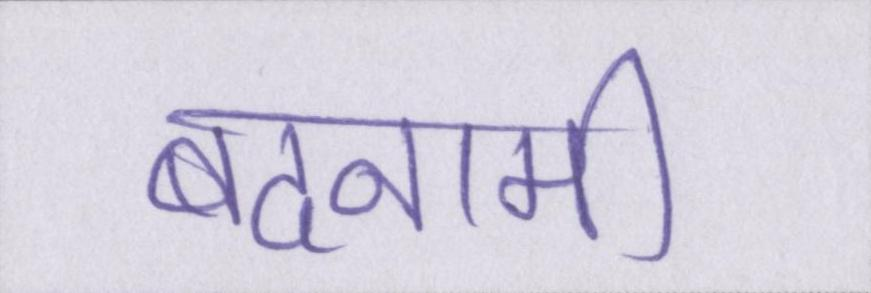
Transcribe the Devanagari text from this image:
बदनामी